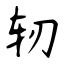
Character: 轫